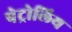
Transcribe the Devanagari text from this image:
पेट्रोलिय